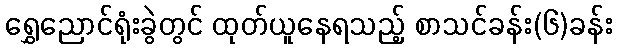
ရွှေညောင်ရုံးခွဲတွင် ထုတ်ယူနေရသည့် စာသင်ခန်း(၆)ခန်း